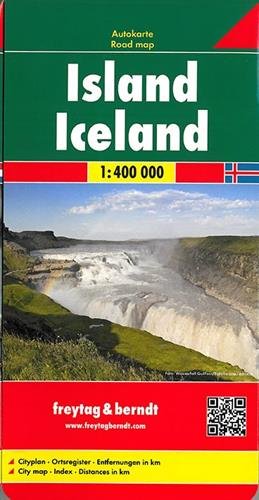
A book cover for Iceland Road Map (Country Road & Touring) (Italian, German, English and French Edition); Freytag-Berndt; Travel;